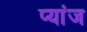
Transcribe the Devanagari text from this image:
प्यांज